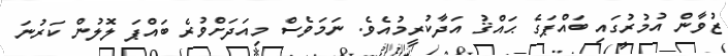
ޒުވާން އުމުރުގައި ބައްޕަގެ ޙައްޤު އަދާކުރީމުއެވެ. ނަމަވެސް މިއަދަށްވުރެ ބައްޕަ ލޮލުން ކަރުނަ